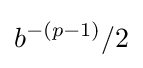
b^{-(p-1)}/2